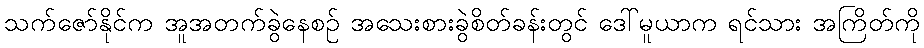
သက်ဇော်နိုင်က အူအတက်ခွဲနေစဉ် အသေးစားခွဲစိတ်ခန်းတွင် ဒေါ်မူယာက ရင်သား အကြိတ်ကို